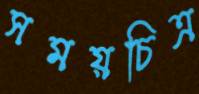
সময়চিত্র